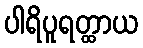
ပါရိပူရတ္ထာယ